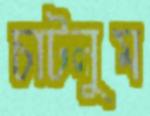
চাটলুম